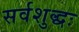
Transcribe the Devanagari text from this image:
सर्वशुद्धः